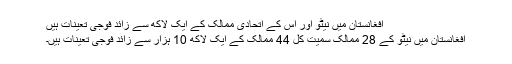
افغانستان میں نیٹو اور اس کے اتحادی ممالک کے ایک لاکھ سے زائد فوجی تعینات ہیں
افغانستان میں نیٹو کے 28 ممالک سمیت کُل 44 ممالک کے ایک لاکھ 10 ہزار سے زائد فوجی تعینات ہیں۔